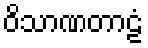
ဝိသာဏတာဠံ